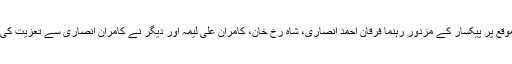
اس موقع پر پیکسار کے مزدور رہنما فرقان احمد انصاری، شاہ رخ خان، کامران علی لیمہ اور دیگر نے کامران انصاری سے تعزیت کی ہے۔